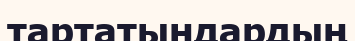
тартатындардың